Annual administration report of the Civil Veterinary Department of India - 1898-1899
Year: 1898
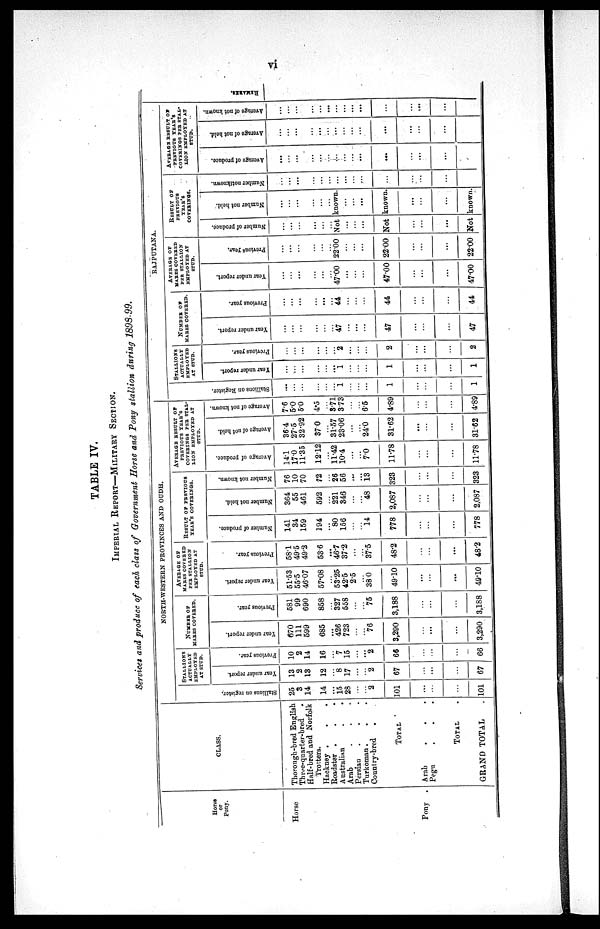
vi
TABLE IV.
IMPERIAL REPORT—MILITARY SECTION.
Services and produce of each class of Government Horse and Pony stallion during 1898-99.
Horse
or
Pony.
Horse
Pony .
CLASS.
Thorough-bred English
Three-quarter-bred
Half-bred and Norfolk
Trotters.
Hackney . . .
Roadster . . .
Australian..
Arab ...
Persian ...
Turkoman ...
Country-bred .
TOTAL
Arab ...
Pegu ...
TOTAL
GRAND TOTAL
NORTH-WESTERN PROVINCES AND OUDH.
STALLIONS
ACTUALLY
EMPLOYED
AT STUD.
St al l
i
ons on register.
25
3
14
14
...
15
28
...
...
2
101
...
...
...
101
Year under report.
13
2
13
12
...
8
17
...
...
2
67
...
...
...
67
Pr evi ous year.
10
2
14
16
...
7
15
...
...
2
66
...
...
...
66
NUMBER OF
MARES COVERED.
Year under report.
670
111
599
685
...
426
723
...
...
76
3,290
...
...
...
3,290
Previous year.
581
99
690
858
...
327
558
...
...
75
3,188
...
...
...
3,188
AVERAGE OF
MARES COVERED
PER STALLIONS
EMPLOYED AT
STUD.
Year under report.
51.53
55.5
46.07
57.08
...
53.25
42.5
2.5
...
380
49.10
...
...
...
49.10
Pr e vi ous year .
58.1
495
49.2
536
...
46.7
37.2
...
...
37.5
48.2
...
...
...
48.2
RESULT OF PREVIOUS
YEAR'S COVERINGS.
Nu mb e r of produce.
141
34
159
194
...
80
156
...
...
14
778
...
...
...
778
Nu mb e r not hel d.
364
55
461
592
...
221
343
...
...
48
2,087
...
...
...
2,087
Nu mb e r not known.
76
10
70
72
...
26
56
...
...
13
323
...
...
...
323
AVERAGE RESULT OF
PREVIOUS YEAR'S
COVERINGS PER STAL-
---- EMPLOYED AT
STUD.
Ave r
a ge of produce.
14.1
17.0
11.35
12.12
...
11.42
10.4
...
...
7.0
11.78
...
...
...
11.78
Ave r
a ge of not held.
364
27.5
32.92
370
...
31.57
23.06
...
...
24.0
31.62
...
...
...
31.62
Ave r
a ge of not known.
7.6
5.0
5.0
4.5
...
3.71
373
...
...
6.5
4.89
...
...
...
4.89
RAJPUTANA.
STALLIONS
ACTUALLY
EMPLOYED
AT STUD.
Stallions on Register.
...
...
...
1
...
...
...
1
...
...
...
1
Year under report.
...
...
...
...
....
1
...
...
1
...
...
...
1
Pr evi ous year.
...
...
...
...
...
2
. . .
...
2
...
...
...
2
NUMBER OF
MARES COVERED.
Year under report.
...
...
...
...
...
47
...
...
...
47
...
...
...
47
Previous year .
...
...
...
...
...
...
44
...
...
...
44
...
...
...
44
AVERAGE OF
MARES COVERED
PER STALLION
EMPLOYED AT
STUD.
Year under report.
...
...
...
...
...
...
47.00
...
...
...
47.00
...
...
...
47.00
Pr e vi ous year.
...
...
...
...
...
...
22.00
...
...
...
22.00
...
...
...
22.00
RESULT OF
PREVIOUS
YEAR'S
COVERINGS.
Number of produce.
...
...
...
...
...
...
Number not hel d.
...
...
...
...
...
...
Not known.
...
...
...
...
...
...
Not known.
...
...
...
...
...
...
Not known.
Nu mb e r notlknown.
...
...
...
...
...
...
...
...
...
...
...
...
...
AVERAGE RESULT OF
PREVIOUS YEAR'S
COVERINGS PER STAL-
---- EMPLOYED AT
STUD.
Ave r
a ge of produce.
...
...
...
...
...
...
...
...
...
...
...
...
...
...
Ave r
a ge of not held.
...
...
...
...
...
...
...
...
...
...
...
...
...
...
...
Average of not known
...
...
...
...
...
...
...
...
...
...
...
...
...
...
...
REMARKS